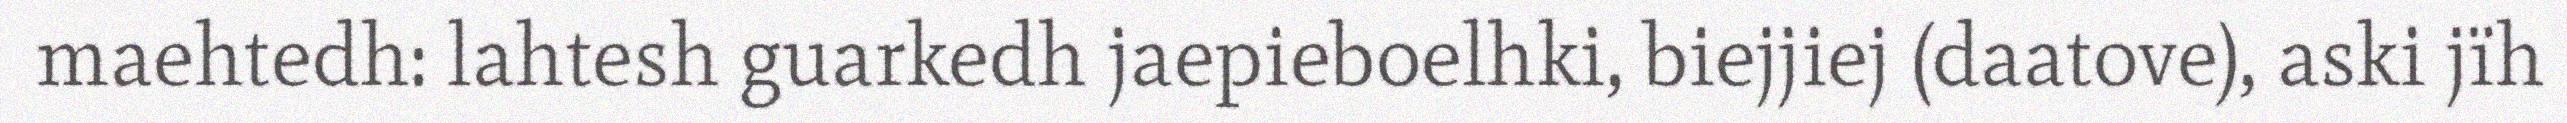
maehtedh: lahtesh guarkedh jaepieboelhki, biejjiej (daatove), aski jïh